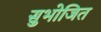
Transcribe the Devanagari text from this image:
सुभोजित